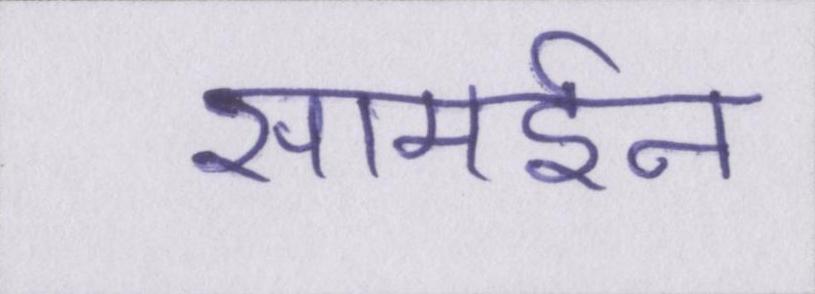
सामईन